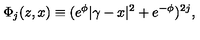
\Phi _ { j } ( z , x ) \equiv ( e ^ { \phi } | \gamma - x | ^ { 2 } + e ^ { - \phi } ) ^ { 2 j } ,